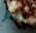
آخر